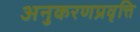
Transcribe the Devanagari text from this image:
अनुकरणप्रवृत्ति